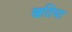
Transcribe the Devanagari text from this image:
खतिया